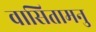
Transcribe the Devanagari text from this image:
वासितामनु